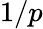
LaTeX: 1/p